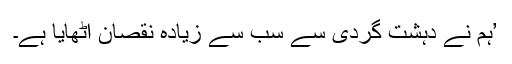
’ہم نے دہشت گردی سے سب سے زیادہ نقصان اٹھایا ہے۔